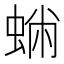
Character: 𧌽